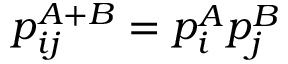
p _ { i j } ^ { A + B } = p _ { i } ^ { A } p _ { j } ^ { B }